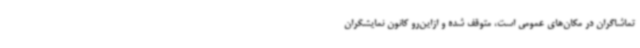
تماشاگران در مکان‌های عمومی است، متوقف شده و ازاین‌رو کانون نمایشگران